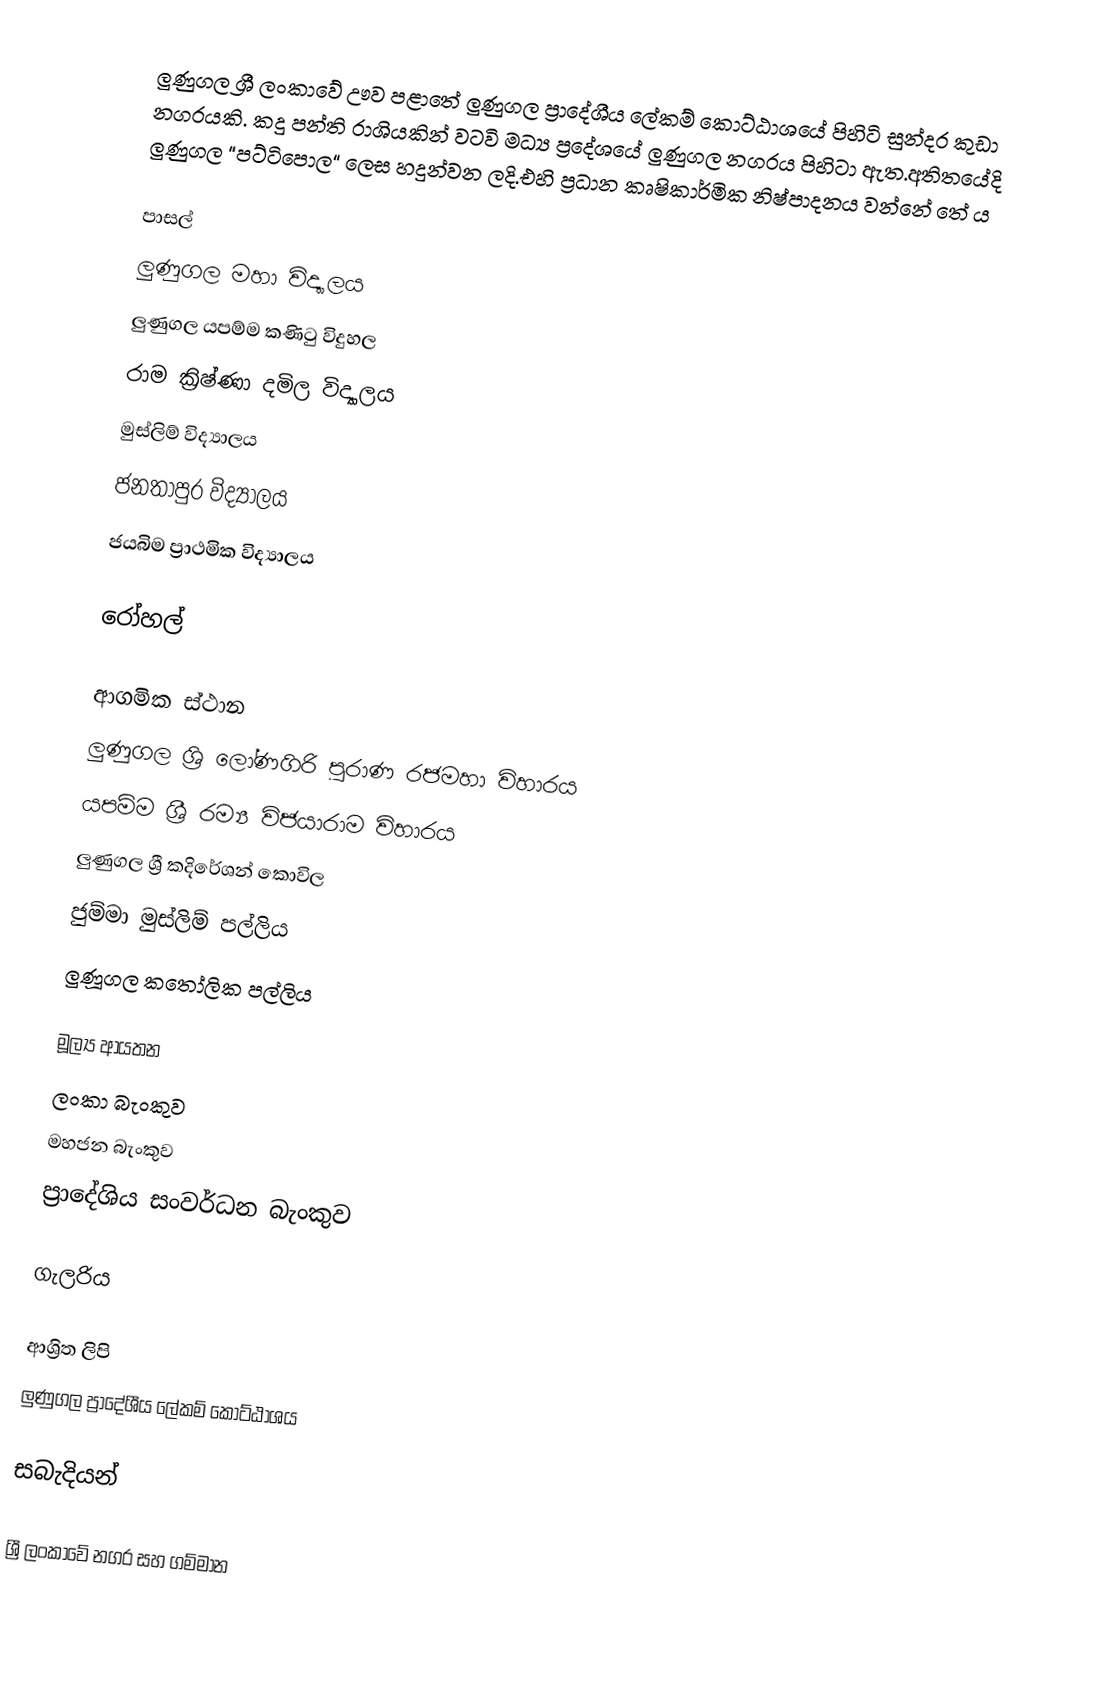
ලුණුගල ශ්‍රී ලංකාවේ ඌව පළාතේ ලුණුගල ප්‍රාදේශීය ලේකම් කොට්ඨාශයේ පිහිටි සුන්දර කුඩා නගරයකි. කදු පන්ති රාශියකින් වටවි මධ්‍ය ප්‍රදේශයේ ලුණුගල නගරය පිහිටා ඇත.අතිතයේදි ලුණුගල “පට්ටිපොල“ ලෙස හදුන්වන ලදි.එහි ප්‍රධාන කෘෂිකාර්මික නිෂ්පාදනය වන්නේ තේ ය

පාසල්
 ලුණුගල මහා විද්‍යාලය
 ලුණුගල යපම්ම කණිටු විදුහල
 රාම ක්‍රිෂ්ණා දමිල විද්‍යාලය
 මුස්ලිම් විද්‍යාලය
 ජනතාපුර විද්‍යාලය
 ජයබිම ප්‍රාථමික විද්‍යාලය

රෝහල්

ආගමික ස්ථාන
 ලුණුගල ශ්‍රි ලෝණගිරි පුරාණ රජමහා විහාරය
 යපම්ම ශ්‍රී රම්‍ය විජයාරාම විහාරය
 ලුණුගල ශ්‍රී කදිරේශන් කොවිල
 ජුම්මා මුස්ලිම් පල්ලිය
 ලුණූගල කතෝලික පල්ලිය

මූල්‍ය ආයතන
 ලංකා බැංකුව
 මහජන බැංකුව
 ප්‍රාදේශිය සංවර්ධන බැංකුව

ගැලරිය

ආශ්‍රිත ලිපි
 ලුණුගල ප්‍රාදේශීය ලේකම් කොට්ඨාශය

සබැදියන්

ශ්‍රී ලංකාවේ නගර සහ ගම්මාන